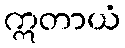
ဣတာယံ